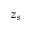
z _ { s }